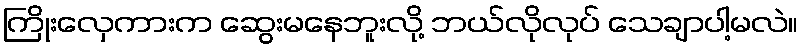
ကြိုးလှေကားက ဆွေးမနေဘူးလို့ ဘယ်လိုလုပ် သေချာပါ့မလဲ။